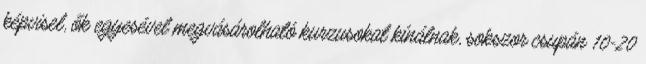
képvisel, ők egyesével megvásárolható kurzusokat kínálnak, sokszor csupán 10-20